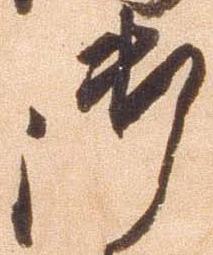
御